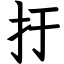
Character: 扜